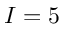
I = 5